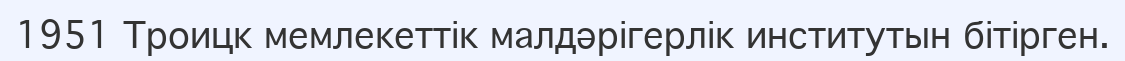
1951 Троицк мемлекеттік малдәрігерлік институтын бітірген.